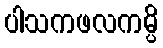
ပါသကဖလကမ္ပိ